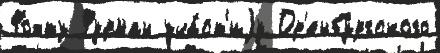
Фохту Фурман уча́ст'иjу Ор'енбу́ргского